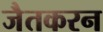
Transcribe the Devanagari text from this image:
जैतकरन